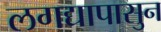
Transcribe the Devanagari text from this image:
लगद्यापासुन